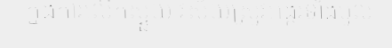
ក្នុងការលើកស្ទួយ វិស័យស្រូវអង្ករទាំងមូល